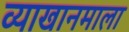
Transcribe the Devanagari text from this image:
व्याखानमाला